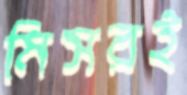
মিসরই